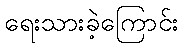
ရေးသားခဲ့ကြောင်း